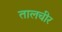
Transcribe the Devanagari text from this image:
तालचीर